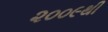
૨૦૦૯થી